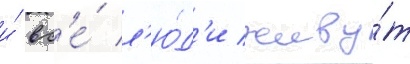
и́ вс'е́ л'ю́д'и живу́т